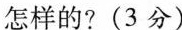
怎样的？（3分）